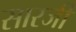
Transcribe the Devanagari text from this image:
सारजी